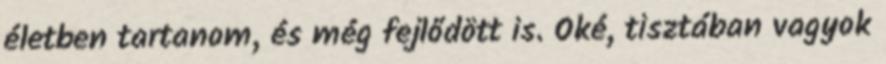
életben tartanom, és még fejlődött is. Oké, tisztában vagyok